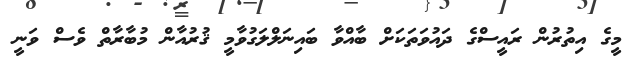
މީގެ އިތުރުން ރައީސްގެ ދައުވަތަކަށް ބާއްވާ ބައިނަލްލަގުވާމީ ޤުރުއާން މުބާރާތް ވެސް ވަނީ